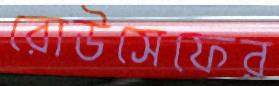
রোউসেফের